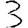
Digit: 3